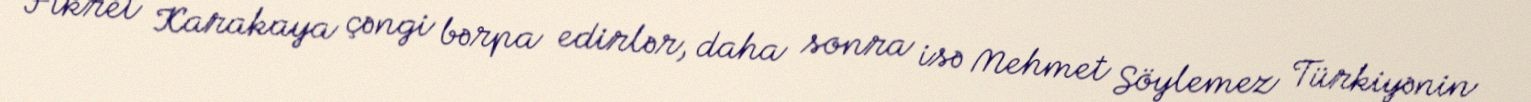
Fikret Karakaya çəngi bərpa edirlər, daha sonra isə Mehmet Söylemez Türkiyənin